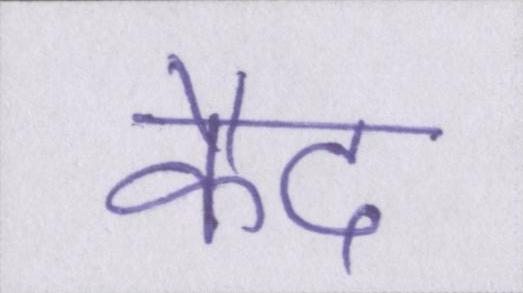
कैद